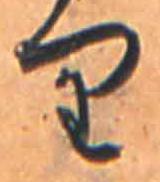
り